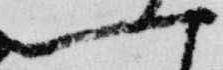
一